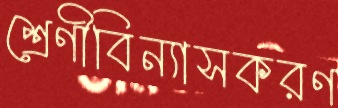
শ্রেণীবিন্যাসকরণ